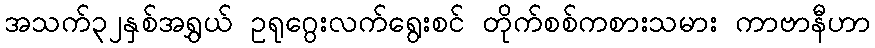
အသက်၃၂နှစ်အရွှယ် ဥရုဂွေးလက်ရွေးစင် တိုက်စစ်ကစားသမား ကာဗာနီဟာ